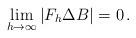
LaTeX: \begin{align*} \lim_{h\to\infty}|F_h\Delta B|=0\,. \end{align*}